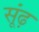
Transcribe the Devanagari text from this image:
सूंढ़